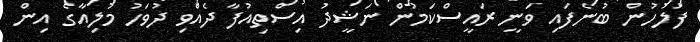
ފުލުހުން ބުނެފައި ވަނީ ރައީސްކަމުން ނަޝީދު އިސްތިއުފާ ދެއްވި ދުވަހު މުލިއާގެ އިން